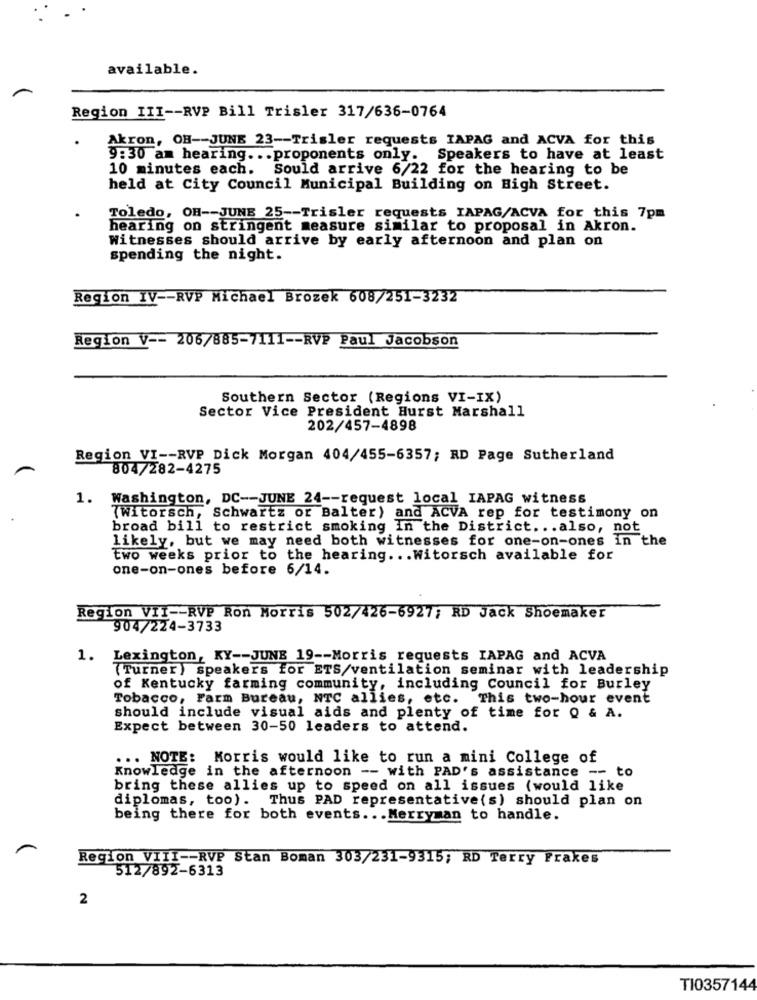
available.
Region III -- RVP Bill Trisler 317/636-0764
Akron, OH -- JUNE 23 -- Trisler requests IAPAG and ACVA for this
9:30 am hearing ... proponents only. Speakers to have at least
10 minutes each. Sould arrive 6/22 for the hearing to be
held at City Council Municipal Building on High Street.
Toledo, OH -- JUNE 25 -- Trisler requests IAPAG/ACVA for this 7pm
hearing on stringent measure similar to proposal in Akron.
Witnesses should arrive by early afternoon and plan on
spending the night.
Region IV -- RVP Michael Brozek 608/251-3232
Region V -- 206/885-7111 -- RVP Paul Jacobson
Southern Sector (Regions VI-IX)
Sector Vice President Hurst Marshall
202/457-4898
Region VI -- RVP Dick Morgan 404/455-6357; RD Page Sutherland
804/282-4275
1. Washington, DC -- JUNE 24 -- request local IAPAG witness
(Witorsch, Schwartz or Balter) and ACVA rep for testimony on
broad bill to restrict smoking In the District ... also, not
likely, but we may need both witnesses for one-on-ones in the
two weeks prior to the hearing ... Witorsch available for
one-on-ones before 6/14.
Region VII -- RVP Ron Morris 502/426-6927; RD Jack Shoemaker
904/224-3733
1. Lexington, KY -- JUNE 19 -- Morris requests IAPAG and ACVA
(Turner) speakers for ETS/ventilation seminar with leadership
of Kentucky farming community, including Council for Burley
Tobacco, Farm Bureau, NTC allies, etc. This two-hour event
should include visual aids and plenty of time for Q & A.
Expect between 30-50 leaders to attend.
... NOTE: Morris would like to run a mini College of
Knowledge in the afternoon -- with PAD's assistance -- to
bring these allies up to speed on all issues (would like
diplomas, too). Thus PAD representative(s) should plan on
being there for both events ... Merryman to handle.
Region VITI -- RVP Stan Boman 303/231-9315; RD Terry Frakes
512/892-6313
2
TI0357144